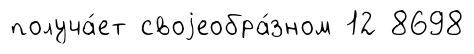
получа́ет своjеобра́зном 12 8698